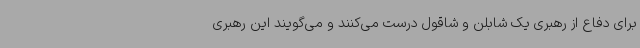
برای دفاع از رهبری یک شابلن و شاقول درست می‌کنند و می‌گویند این رهبری